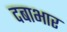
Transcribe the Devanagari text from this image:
दबाभार